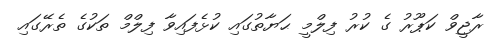
ރާޖީވް ކަޕޫރު ގެ ކުރު ފިލްމީ ޙަޔާތުގައި ކުޅެފައިވާ ފިލްމް ތަކުގެ ތެރޭގައި